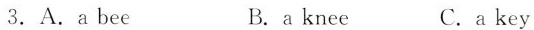
3.A.a bee B. a knee C.akey